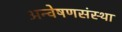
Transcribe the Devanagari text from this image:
अन्वेषणसंस्था